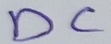
Text: DC